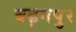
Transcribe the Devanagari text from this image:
बढ़नपुर